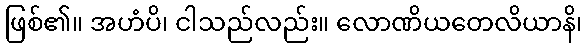
ဖြစ်၏။ အဟံပိ၊ ငါသည်လည်း။ လောဏိယတေလိယာနိ၊